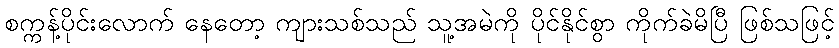
စက္ကန့်ပိုင်းလောက် နေတော့ ကျားသစ်သည် သူ့အမဲကို ပိုင်နိုင်စွာ ကိုက်ခဲမိပြီ ဖြစ်သဖြင့်